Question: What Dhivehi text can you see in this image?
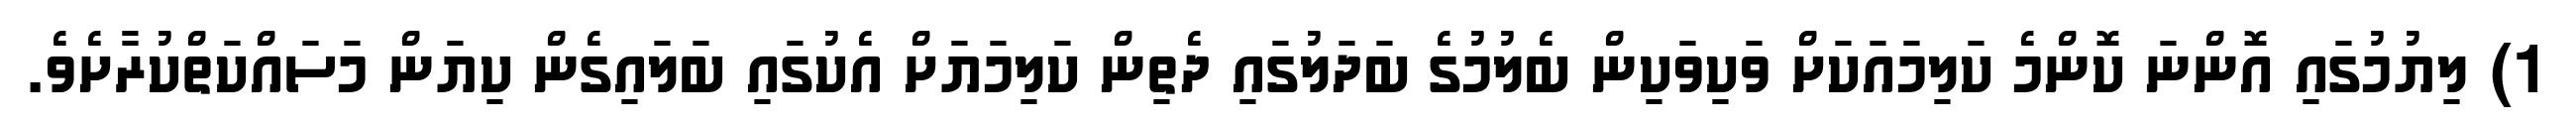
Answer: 1) ލިޔުމުގައި އޮންނަ ކޮންމެ ކަލިމައަކަށް ވަކިވަކިން ބެލުމުގެ ބަދަލުގައި ދެތިން ކަލިމަޔަށް އެކުގައި ބަލައިގެން ކިޔަން މަސައްކަތްކުރާށެވެ.